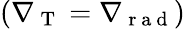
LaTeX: (\nabla_{\mathrm{~T~}}=\nabla_{\mathrm{~r~a~d~}})